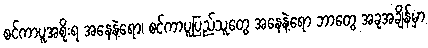
စင်ကာပူအစိုးရ အနေနဲ့ရော၊ စင်ကာပူပြည်သူတွေ အနေနဲ့ရော ဘာတွေ အခုအချိန်မှာ